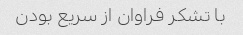
با تشکر فراوان از سریع بودن